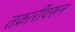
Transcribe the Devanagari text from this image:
तक्रारींवरून